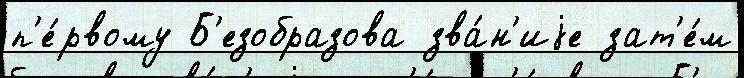
п'е́рвому Б'езобразова зва́н'иjе зат'е́м